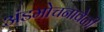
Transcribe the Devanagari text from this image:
अंडमोचनावेळी